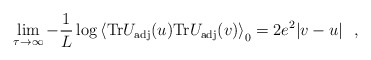
\begin{align*}\lim_{\tau\to\infty} -\frac{1}{L} \log\left<{\rm Tr} U_{\rm adj}(u){\rm Tr} U_{\rm adj}(v)\right>_0=2 e^2 |v-u|\ \ ,\end{align*}